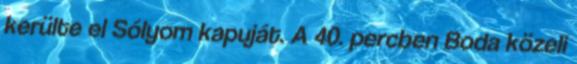
kerülte el Sólyom kapuját. A 40. percben Boda közeli